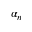
\alpha _ { n }